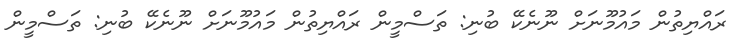
ރައްޔިތުން މައުމޫނަށް ނޫނެކޭ ބުނި: ތަސްމީން ރައްޔިތުން މައުމޫނަށް ނޫނެކޭ ބުނި: ތަސްމީން